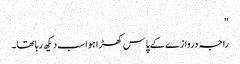
"
راجہ دروازے کے پاس کھڑا ہوا سب دیکھ رہا تھا۔